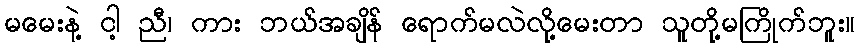
မမေးနဲ့ ငါ့ ညီ၊ ကား ဘယ်အချိန် ရောက်မလဲလို့မေးတာ သူတို့မကြိုက်ဘူး။